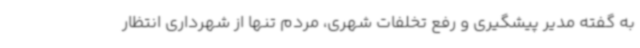
به گفته مدیر پیشگیری و رفع تخلفات شهری، مردم تنها از شهرداری انتظار